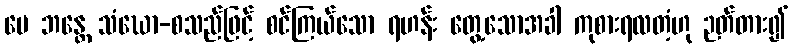
မေ ဘန္တေ သံဃော-စသည်ဖြင့် စင်ကြယ်သော ရဟန်း တွေ့သောအခါ ကုစားရလတံ့ဟု ဉတ်တား၍